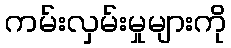
ကမ်းလှမ်းမှုများကို